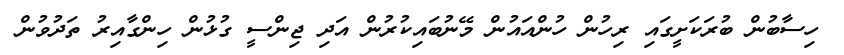
ހިސާބުން ބުރަކަށީގައި ރިހުން ހުންއައުން މޭނުބައިކުރުން އަދި ޖިންސީ ގުޅުން ހިންގާއިރު ތަދުވުން